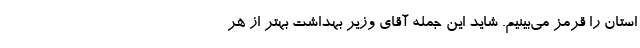
استان را قرمز می‌بینیم. شاید این جمله آقای وزیر بهداشت بهتر از هر